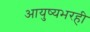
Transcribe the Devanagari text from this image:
आयुष्यभरही